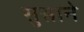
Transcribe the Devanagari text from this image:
सुसाने